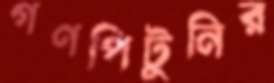
গণপিটুনির